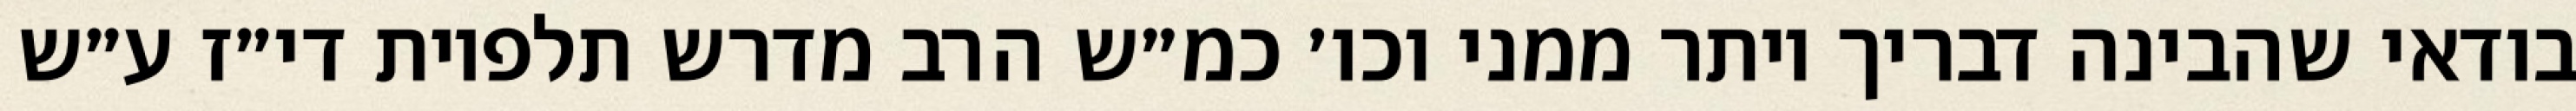
בודאי שהבינה דבריך יותר ממני וכו׳ כמ״ש הרב מדרש תלפיות די״ז ע״ש